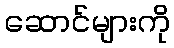
ဆောင်များကို